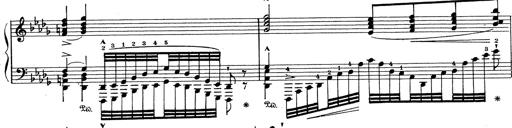
Title: Grosses Konzertsolo
Composer: Franz Liszt